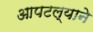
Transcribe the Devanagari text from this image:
आपटल्याने